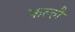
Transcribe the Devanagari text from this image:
कल्लै